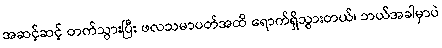
အဆင့်ဆင့် တက်သွားပြီး ဖလသမာပတ်အထိ ရောက်ရှိသွားတယ်၊ ဘယ်အခါမှာပဲ